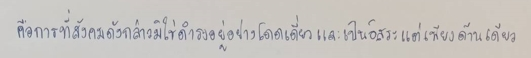
คือการที่สังคมดังกล่าวมิใช่ดำรงอยู่อย่างโดดเดี่ยวและเป็นอิสระแต่เพียงด้านเดียว